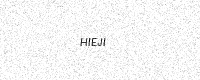
Text: HIEJI